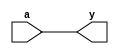
module test(input a, output y);

assign y = a;

endmodule